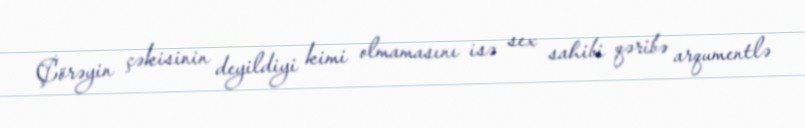
Çörəyin çəkisinin deyildiyi kimi olmamasını isə sex sahibi qəribə arqumentlə